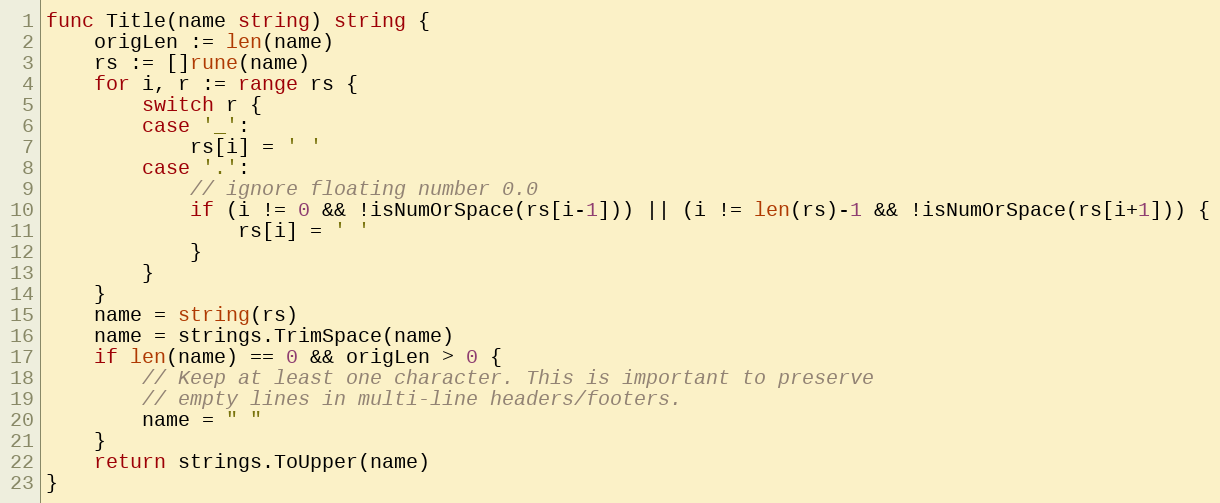
Language: Go
func Title(name string) string {
	origLen := len(name)
	rs := []rune(name)
	for i, r := range rs {
		switch r {
		case '_':
			rs[i] = ' '
		case '.':
			// ignore floating number 0.0
			if (i != 0 && !isNumOrSpace(rs[i-1])) || (i != len(rs)-1 && !isNumOrSpace(rs[i+1])) {
				rs[i] = ' '
			}
		}
	}
	name = string(rs)
	name = strings.TrimSpace(name)
	if len(name) == 0 && origLen > 0 {
		// Keep at least one character. This is important to preserve
		// empty lines in multi-line headers/footers.
		name = " "
	}
	return strings.ToUpper(name)
}